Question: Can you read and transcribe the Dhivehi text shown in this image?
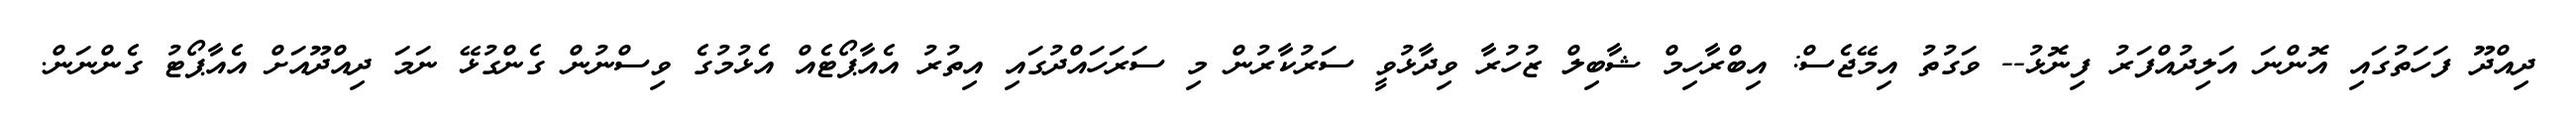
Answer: ދިއްދޫ ފަހަތުގައި އޮންނަ އަލިދުއްފަރު ފިނޮޅު-- ވަގުތު އިމޭޖެސް: އިބްރާހިމް ޝާބިލް ޒުހުރާ ވިދާޅުވީ ސަރުކާރުން މި ސަރަހައްދުގައި އިތުރު އެއާޕޯޓެއް އެޅުމުގެ ވިސްނުން ގެންގުޅޭ ނަމަ ދިއްދޫއަށް އެއާޕޯޓު ގެންނަން.